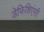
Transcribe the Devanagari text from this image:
डेफिशिएंसी